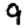
Digit: 9